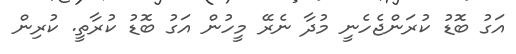
އަގު ބޮޑު ކުރަންޖެހެނީ މުދާ ނެރޭ މީހުން އަގު ބޮޑު ކުރާތީ. ކުރިން